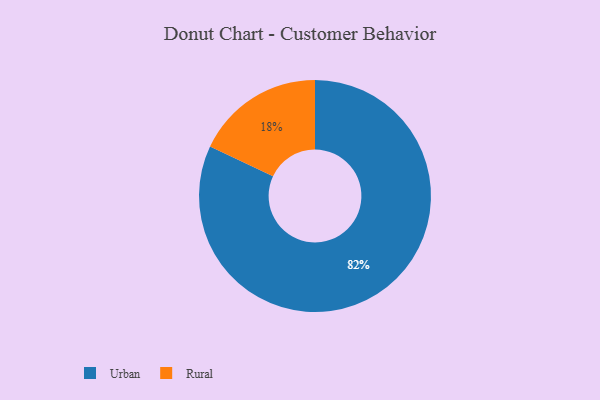
{"axis": {"x": "Category", "y": "Percentage"}, "legend": ["Rural", "Urban"], "data": [{"x": "Rural", "y": 18, "type": "Rural"}, {"x": "Urban", "y": 82, "type": "Urban"}]}